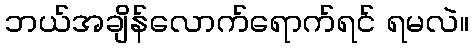
ဘယ်အချိန်လောက်ရောက်ရင် ရမလဲ။